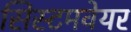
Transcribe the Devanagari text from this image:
सिस्टमवेयर